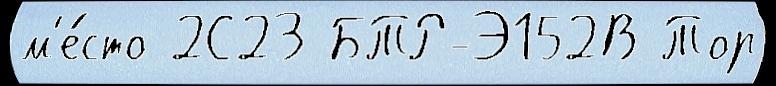
м'е́сто 2С23 БТР-Э152В Тор